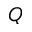
Q